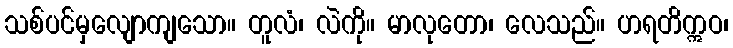
သစ်ပင်မှလျောကျသော။ တူလံ၊ လဲကို။ မာလုတော၊ လေသည်။ ဟရတိဣဝ၊